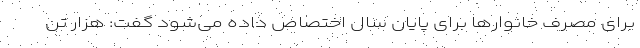
برای مصرف خانوار‌ها برای پایان سال اختصاص داده می‌شود گفت: هزار تن